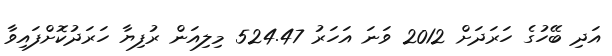
އަދި ބޭހުގެ ހަރަދަށް 2012 ވަނަ އަހަރު 524.47 މިލިއަން ރުފިޔާ ހަރަދުކޮށްފައިވާ